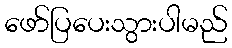
ဖော်ပြပေးသွားပါမည်